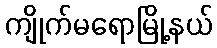
ကျိုက်မရောမြို့နယ်